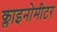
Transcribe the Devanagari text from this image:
क्लाइनोमीटर